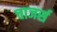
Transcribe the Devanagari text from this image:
चाजर्स